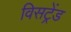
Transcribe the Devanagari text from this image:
विसट्रेंड